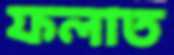
ফলাত